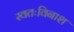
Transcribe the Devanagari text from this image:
स्वतःविनाश